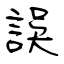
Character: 誤